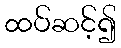
ထပ်ဆင့်၍